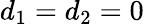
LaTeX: d_{1}=d_{2}=0